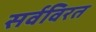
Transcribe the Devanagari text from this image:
सर्वविरत